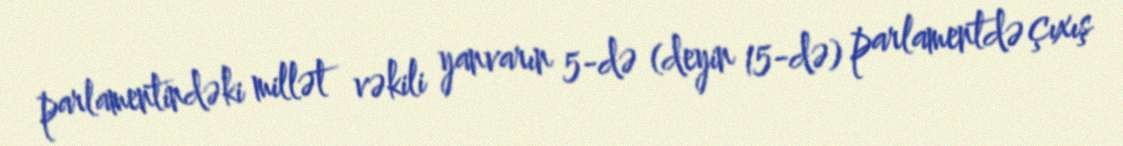
parlamentindəki millət vəkili yanvarın 5-də (deyin 15-də) parlamentdə çıxış